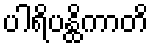
ပါရိပန္ထိကာတိ